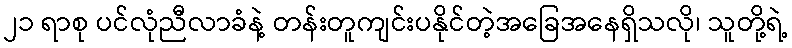
၂၁ ရာစု ပင်လုံညီလာခံနဲ့ တန်းတူကျင်းပနိုင်တဲ့အခြေအနေရှိသလို၊ သူတို့ရဲ့